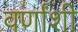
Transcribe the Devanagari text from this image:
वर्णांशी